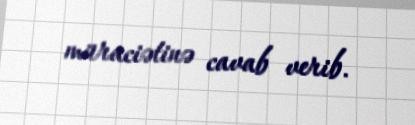
müraciətinə cavab verib.